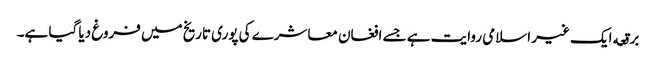
برقعه ایک غیر اسلامی روایت ہے جسے افغان معاشرے کی پوری تاریخ میں فروغ دیا گیا ہے۔